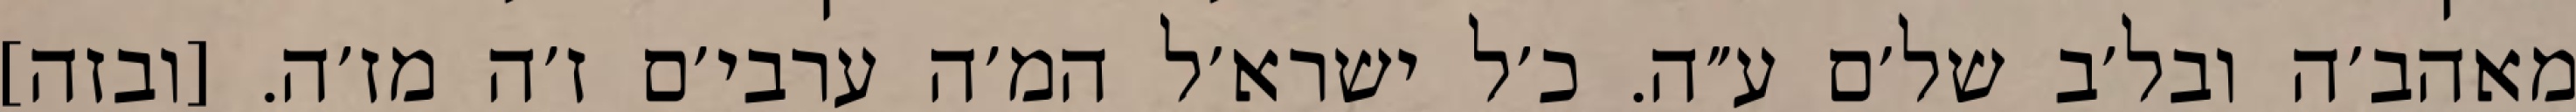
מאהב׳ה ובל׳ב של׳ם ע״ה. כ׳ל ישרא׳ל המ׳ה ערבי׳ם ז׳ה מז׳ה. [ובזה]